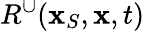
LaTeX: R^{\cup}({\mathbf x}_{S},{\mathbf x},t)